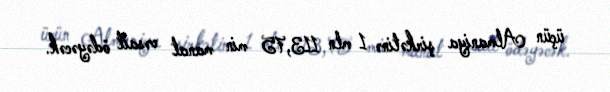
üçün Almaniya şirkətinə 1 mln 113,75 min manat vəsait ödəyəcək.